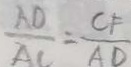
\frac { A D } { A C } = \frac { C F } { A D }